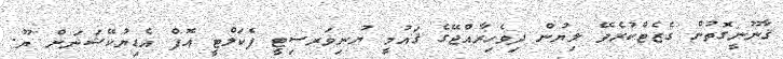
ޤާނޫނީގޮތުން ގެޒެޓްކުރެވޭ ލިޔުން ދިވެހިރާއްޖޭގެ ޤައުމީ ޔުނިވަރސިޓީ ފެކަލްޓީ އޮފް އެޑިޔުކޭޝަނަށް ޔޫ.